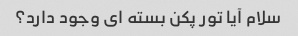
سلام آیا تور پکن بسته ای وجود دارد؟